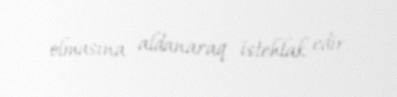
olmasına aldanaraq istehlak edir.